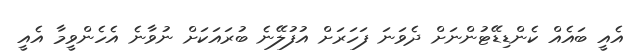
އެއީ ބައެއް ކެންޑިޑޭޓުންނަށް ދެވަނަ ފަހަރަށް އުފުލޭނެ ބުރައަކަށް ނުވާނެ އެހެންވީމާ އެއީ